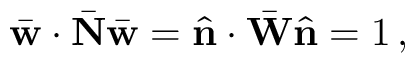
\bar { \bf w } \cdot \bar { \bf N } \bar { \bf w } = \hat { \bf n } \cdot \bar { \bf W } \hat { \bf n } = 1 \, ,